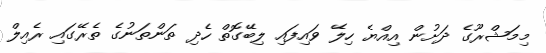
މިމަޝްރޫގެ ދަށުން އިއްޔެ ހިލޭ ވައިފައި ލިބޭގޮތް ހެދި ތަންތަނުގެ ތެރޭގައި ރެއިލް